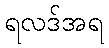
ရလဒ်အရ